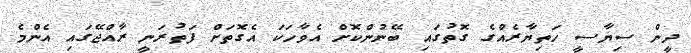
ދީން ސިޔާސީ ހަތިޔާރެއްގެ ގޮތުގައި ބޭނުންކޮށް އެވާހަކަ އެގޮތަށް ފަތުރަނީ ރާއްޖޭގައި އެންމެ